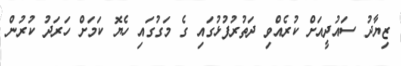
ޒިޔާދު ސައުދީއަށް ކުރެއްވި ދަތުރުފުޅުގައި ގެ މަގުގައި ހެޔޮ ކަމަށް ހަރަދު ކުރުން